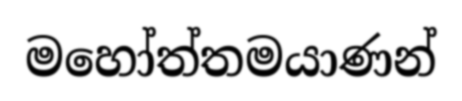
මහෝත්තමයාණන්